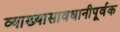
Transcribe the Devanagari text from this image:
व्याख्यासावधानीपूर्वक